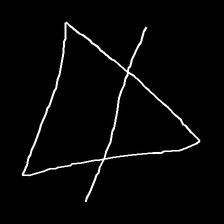
Glyph: empower